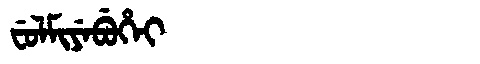
Manchu: ᠸᡠᠯᠮᡳᠶᡝᠪᡠᡥᡝᡳ
Romanization: FULMIYEBUHEI